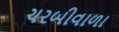
ચરબીવાળા